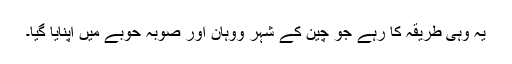
یہ وہی طریقہ کا رہے جو چین کے شہر ووہان اور صوبہ حوبے میں اپنایا گیا۔